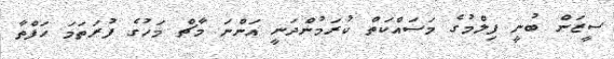
ސީޒަން ބުނީ ފިލްމުގެ މަސައްކަތް ކުރަމުންދަނީ އަންނަ މާޗް މަހުގެ ފުރަތަމަ ހަފްތާ